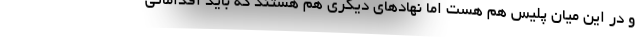
و در این میان پلیس هم هست اما نهادهای دیگری هم هستند که باید اقداماتی